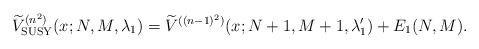
\begin{align*} \widetilde{V}_{\rm SUSY}^{(n^{2})}(x;N,M,\lambda _{1})=\widetilde{V} ^{( (n-1) ^{2}) }(x;N+1,M+1,\lambda _{1}^{\prime })+E_{1}(N,M) . \end{align*}